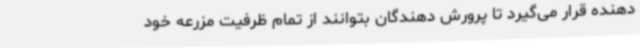
دهنده قرار می‌گیرد تا پرورش دهندگان بتوانند از تمام ظرفیت مزرعه خود